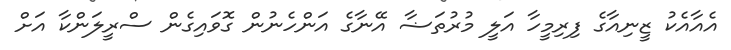
އެއާއެކު ޒީނިއާގެ ފިރިމީހާ އަލީ މުރުތަޟާ އޭނާގެ އަންހެނުން ގޮވައިގެން ސްރީލަންކާ އަށް